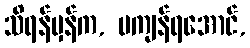
သိရန်မှန်က, မကျန်ရအောင်,